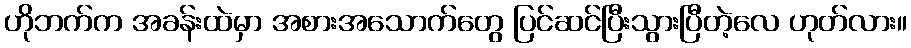
ဟိုဘက်က အခန်းထဲမှာ အစားအသောက်တွေ ပြင်ဆင်ပြီးသွားပြီတဲ့လေ ဟုတ်လား။